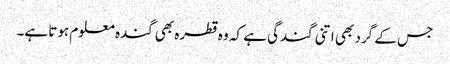
جس کے گرد بھی اتنی گندگی ہے کہ وہ قطرہ بھی گندہ معلوم ہوتا ہے۔